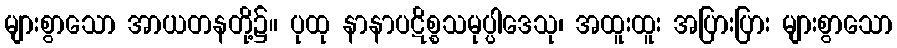
များစွာသော အာယတနတို့၌။ ပုထု နာနာပဋိစ္စသမုပ္ပါဒေသု၊ အထူးထူး အပြားပြား များစွာသော